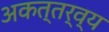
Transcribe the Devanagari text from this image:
अकत्तर्व्य